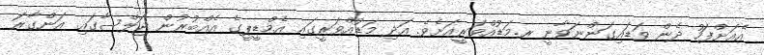
އެއަށްފަހު ދެން ވަޑައިގަންނަވާނީ ރ.މަޑުއްވަރީއަށެވެ. އަދި މަޑުއްވަރީގައި އެމްޑީޕީގެ އެއްބުރުން ޖަލްސާގައި އަންގާރަ